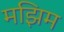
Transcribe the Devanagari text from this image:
मझिम